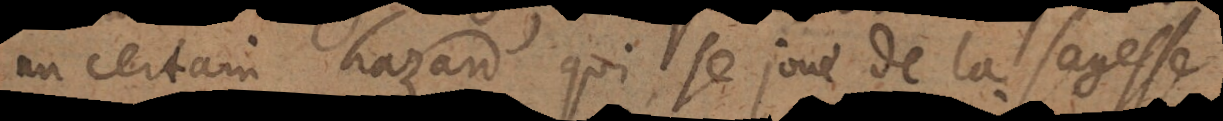
un certain hazard qui se joue de la sagesse